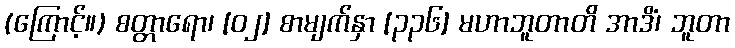
(ကြောင့်။) စတ္တာရော၊ [၀၂] စာမျက်နှာ [၃၃၆] မဟာဘူတာတိ အာဒိံ၊ ဘူတာ